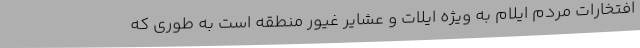
افتخارات مردم ایلام به ویژه ایلات و عشایر غیور منطقه است به طوری که